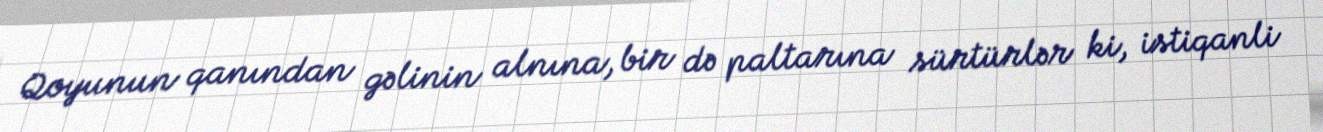
Qoyunun qanından gəlinin alnına, bir də paltarına sürtürlər ki, istiqanli